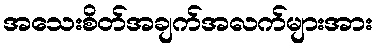
အသေးစိတ်အချက်အလက်များအား